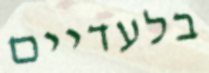
בלעדיים